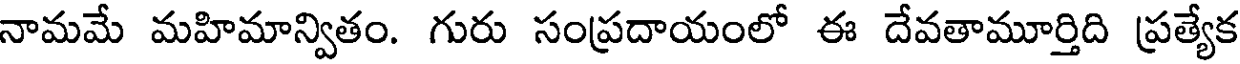
నామమే మహిమాన్వితం. గురు సంప్రదాయంలో ఈ దేవతామూర్తిది ప్రత్యేక